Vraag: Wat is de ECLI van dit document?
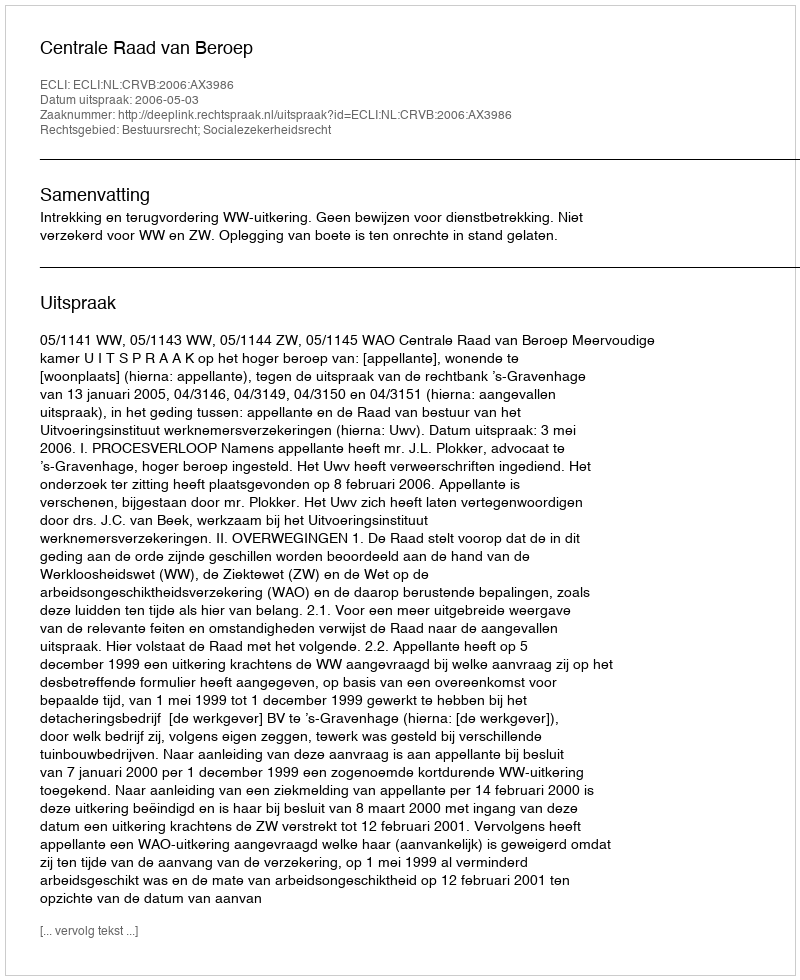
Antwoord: ECLI:NL:CRVB:2006:AX3986